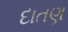
દાતણ